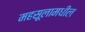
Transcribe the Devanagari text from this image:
महसूलामधील